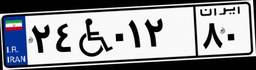
۲۴W۰۱۲۸۰